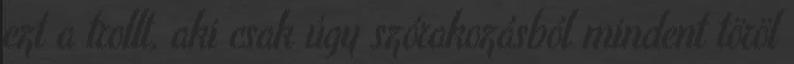
ezt a trollt, aki csak úgy szórakozásból mindent töröl